NAE_Eesti_seltside_protokollid_1900-1917, lk 78
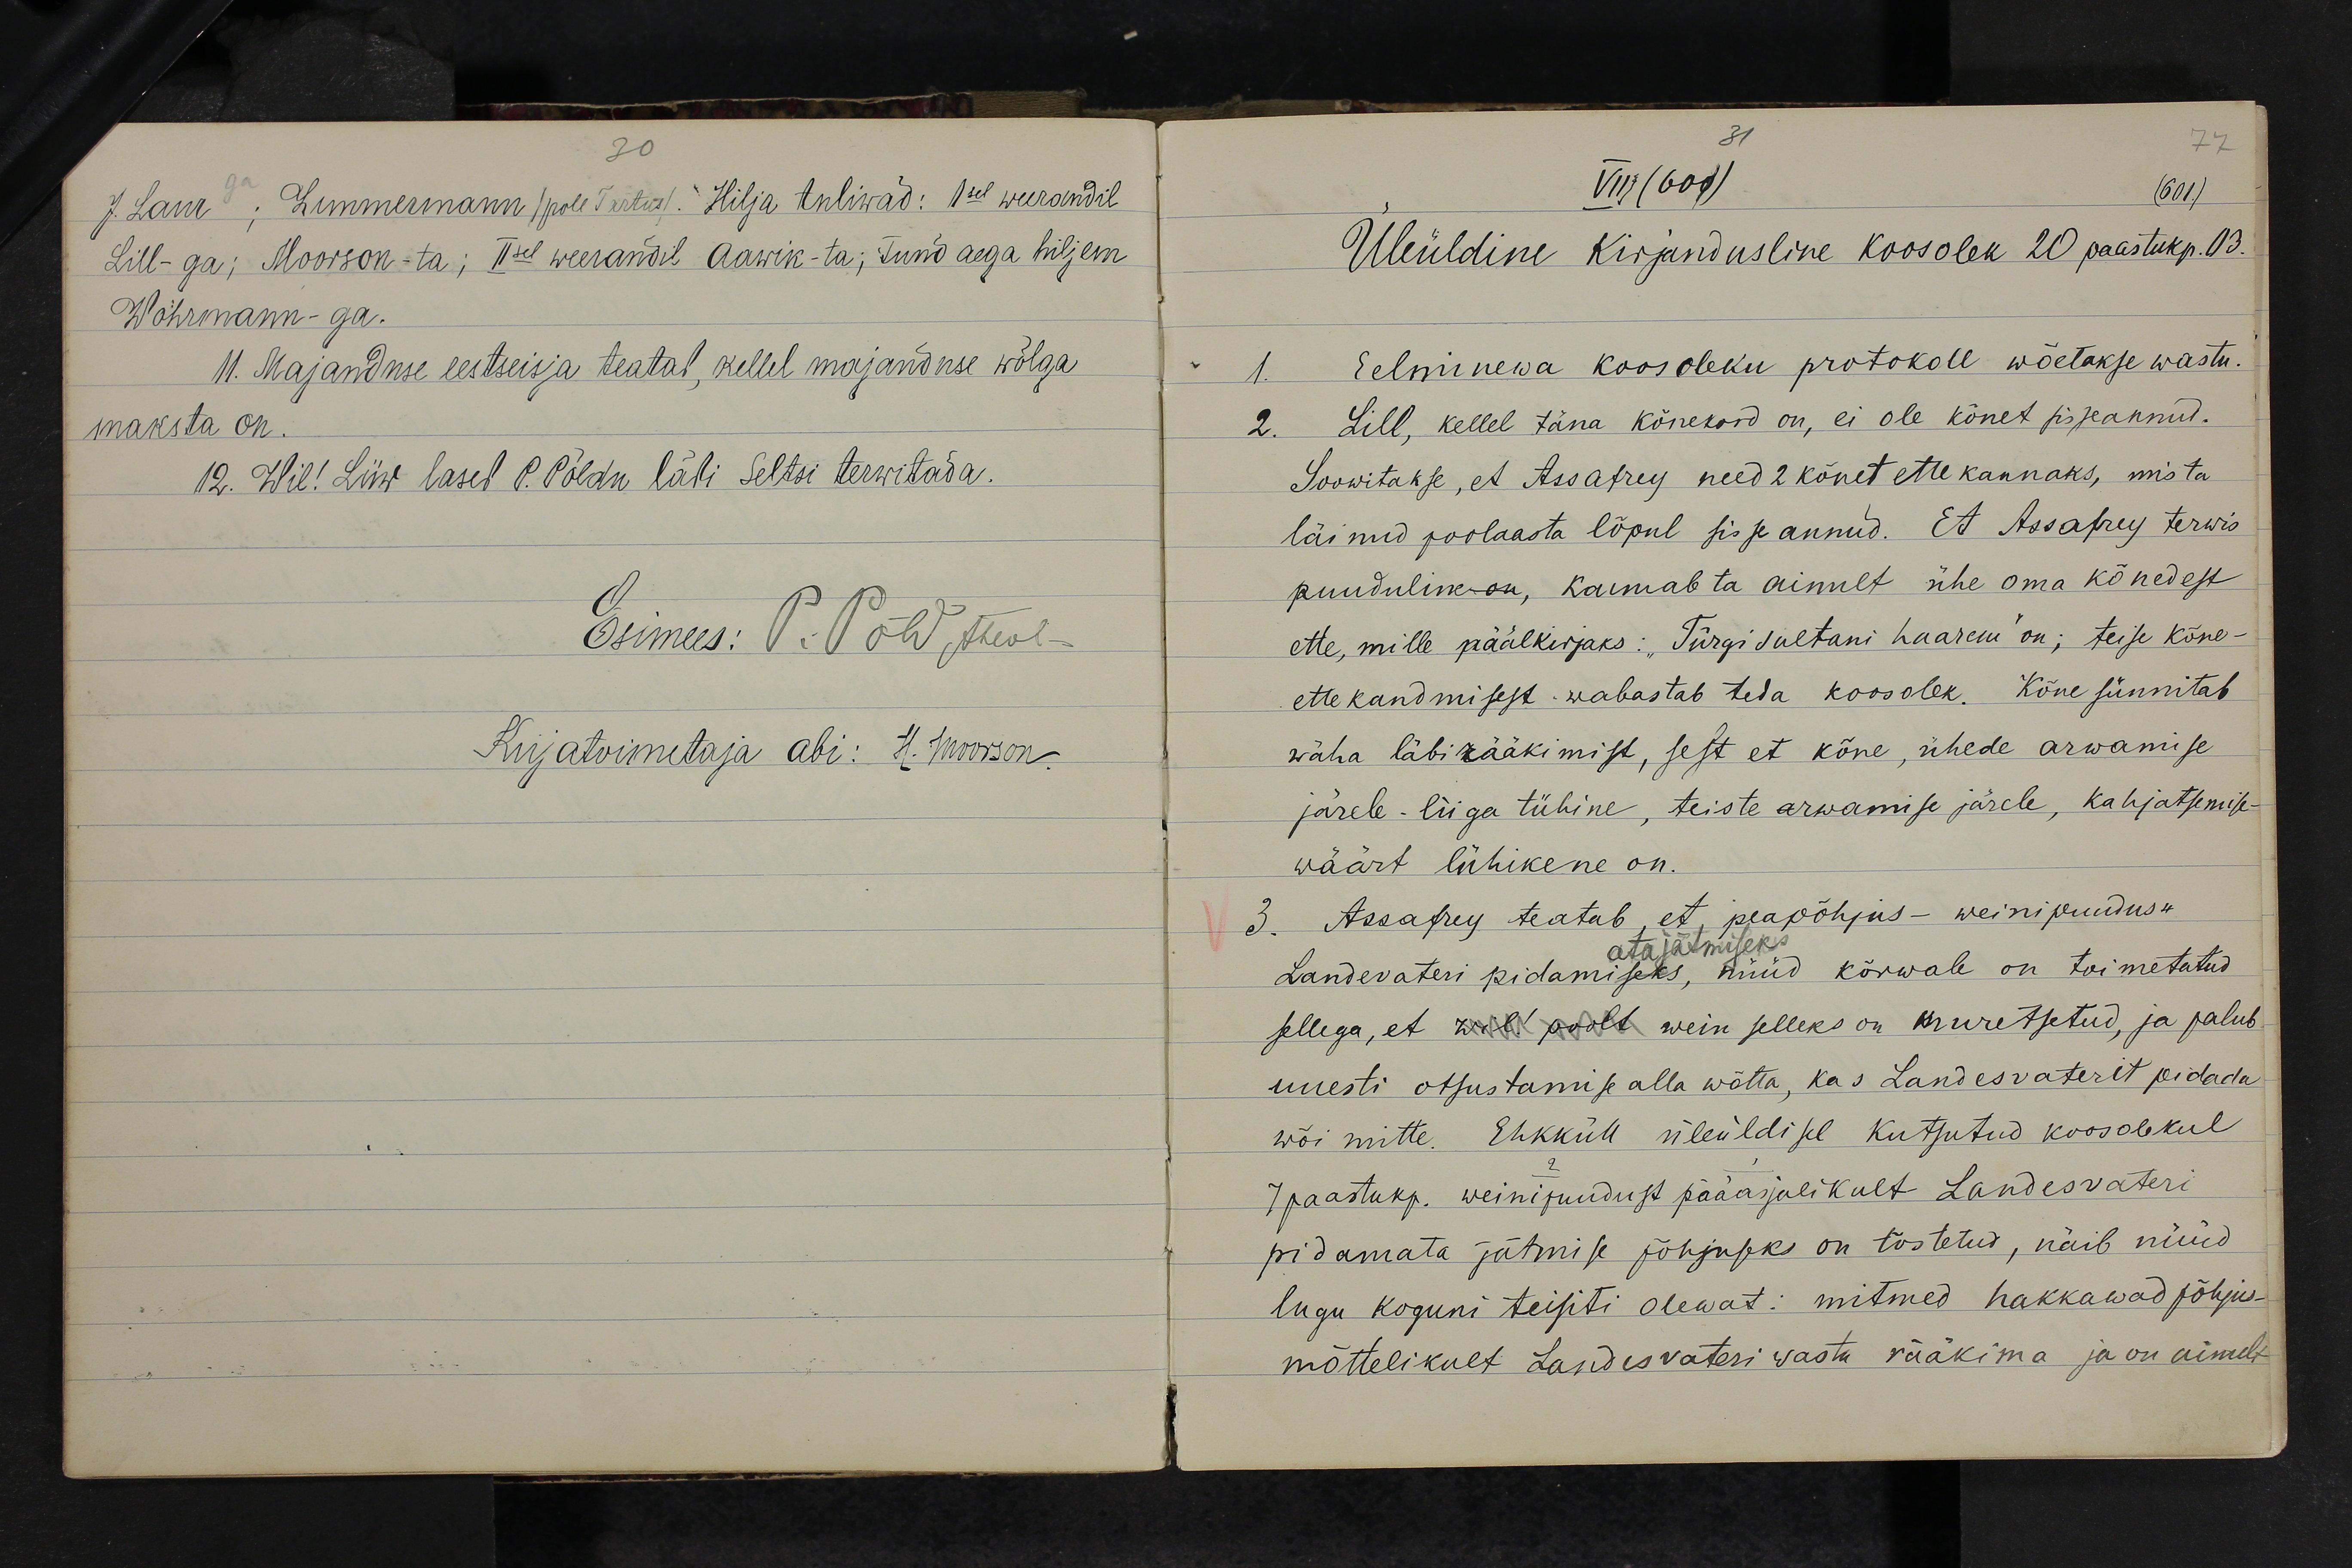
VIII (601)
(601.)
Üleüldine kirjandusline koosolek 20 paastukp. 03.
Eelminewa koosoleku protokoll wõetakse wastu.
Lill, kellel täna kõnekord on, ei ole kõnet sisseannud.
Soowitakse, et Assafrey need 2 kõnet ette kannaks, mis ta
läinud poolaasta lõpul sisse annud. Et Assafrey terwis
puudulik on, kannab ta ainult ühe oma kõnedest
ette, mille päälkirjaks: "Türgi sultani haarem" on; teise kõne-
ette kandmisest wabastab teda koosolek. Kõne sünnitab
wäha läbirääkimist, sest et kõne, ühede arwamise
järele liiga tühine, teiste arwamise järele, kahjatsemis-
wäärt lühikene on.
3. Assafrey teatab, et, peapõhjus - weinipuudus
ära jätmiseks
Landevateri pidamiseks, nüüd kõrwale on toimetatud
sellega, et wil! poolt wein selleks on muretsetud, ja palub
uuesti otsustamise alla wõtta, kas Landesvaterit pidada
wõi mitte. Ehkküll üleüldisel kutsutud koosolekul
7paastukp. weinipuudust pääasjalikult Landesvateri
pidamata jätmise põhjuseks on tõstetud, näib nüüd
lugu koguni teisiti olewat: mitmed hakkawad põhjus-
mõttelikult Landesvateri wastu rääkima ja on ainult